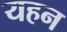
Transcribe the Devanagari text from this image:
यहन